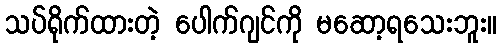
သပ်ရိုက်ထားတဲ့ ပေါက်ဂျင်ကို မဆော့ရသေးဘူး။